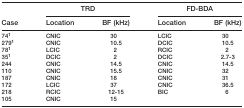
<table><thead><tr><td></td><td colspan="2"><b>TRD</b></td><td colspan="2"><b>FD-BDA</b></td></tr><tr><td><b>Case</b></td><td><b>Location</b></td><td><b>BF (kHz)</b></td><td><b>Location</b></td><td><b>BF (kHz)</b></td></tr></thead><tbody><tr><td>741</td><td>CNIC</td><td>30</td><td>LCIC</td><td>30</td></tr><tr><td>2791</td><td>CNIC</td><td>10.5</td><td>DCIC</td><td>10.5</td></tr><tr><td>781</td><td>LCIC</td><td>2</td><td>RCIC</td><td>2</td></tr><tr><td>351</td><td>DCIC</td><td>2</td><td>DCIC</td><td>2.7–3</td></tr><tr><td>244</td><td>CNIC</td><td>14.5</td><td>CNIC</td><td>14.5</td></tr><tr><td>110</td><td>CNIC</td><td>15.5</td><td>CNIC</td><td>32</td></tr><tr><td>187</td><td>CNIC</td><td>18</td><td>CNIC</td><td>31</td></tr><tr><td>172</td><td>LCIC</td><td>37</td><td>CNIC</td><td>36.5</td></tr><tr><td>218</td><td>RCIC</td><td>12–15</td><td>BIC</td><td>6</td></tr><tr><td>105</td><td>CNIC</td><td>15</td><td></td><td></td></tr></tbody></table>